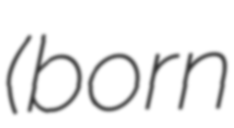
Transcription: (born